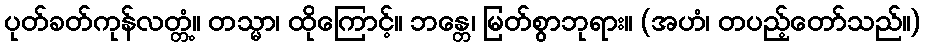
ပုတ်ခတ်ကုန်လတ္တံ့။ တသ္မာ၊ ထိုကြောင့်။ ဘန္တေ၊ မြတ်စွာဘုရား။ (အဟံ၊ တပည့်တော်သည်။)